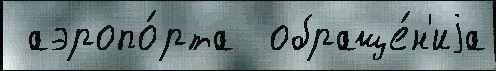
 аэропо́рта  обраще́н'иjа